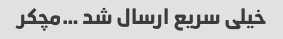
خیلی سریع ارسال شد …مچکر